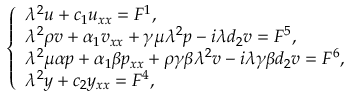
\left\{ \begin{array} { l } { { \lambda } ^ { 2 } u + c _ { 1 } u _ { x x } = F ^ { 1 } , } \\ { { \lambda } ^ { 2 } \rho v + \alpha _ { 1 } v _ { x x } + \gamma \mu { \lambda } ^ { 2 } p - i { \lambda } d _ { 2 } v = F ^ { 5 } , } \\ { { \lambda } ^ { 2 } \mu \alpha p + \alpha _ { 1 } \beta p _ { x x } + \rho \gamma \beta { \lambda } ^ { 2 } v - i { \lambda } \gamma \beta d _ { 2 } v = F ^ { 6 } , } \\ { { \lambda } ^ { 2 } y + c _ { 2 } y _ { x x } = F ^ { 4 } , } \end{array} \right.